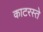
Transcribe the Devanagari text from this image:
काटरस्ते